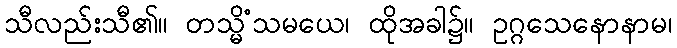
သီလည်းသီ၏။ တသ္မိံသမယေ၊ ထိုအခါ၌။ ဥဂ္ဂသေနောနာမ၊